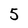
Character: 5